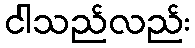
ငါသည်လည်း